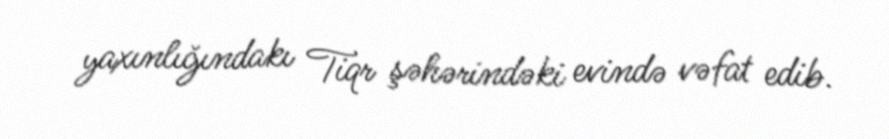
yaxınlığındakı Tiqr şəhərindəki evində vəfat edib.